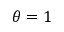
\theta = 1